Civil Veterinary Department Bihar reports 1940-50 - 1940-1950
Year: 1940
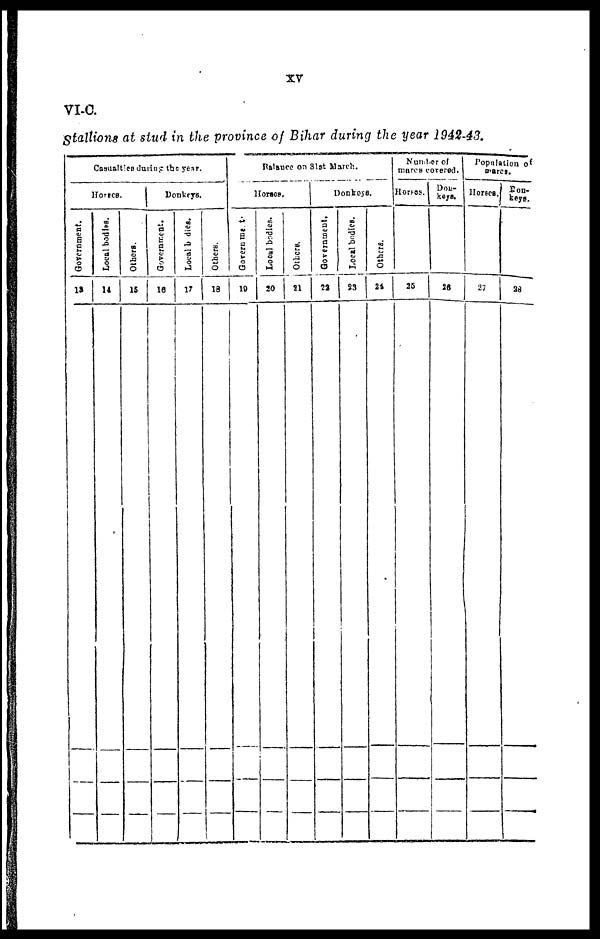
xv
VI-C.
Stallions at stud in the province of Bihar during the year 1942-43.
Casualties during the year.
Horses.
Government.
13
Local bodies.
14
Others.
15
Donkeys.
Government.
16
Local b dies.
17
Others.
18
Balance on 31st March.
Horses.
Government.
19
Local bodies.
20
Others.
21
Donkeys.
Government.
22
Local bodies.
23
Others.
24
Number of
mares covered.
Horses.
25
Don-
keys.
26
Population of
mares.
Horses.
27
Don-
keys.
28